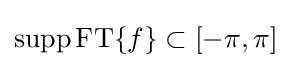
\operatorname {supp} \operatorname {FT} \{f\}\subset [-\pi ,\pi ]